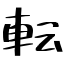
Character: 転